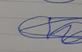
Signature authenticity: genuine